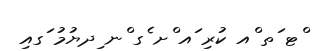
ްޓ ަތ ްއ ކުރި ައ ްށ ެގ ްނ ިދޔުމު ަގއި